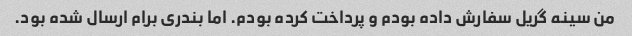
من سینه گریل سفارش داده بودم و پرداخت کرده بودم. اما بندری برام ارسال شده بود.